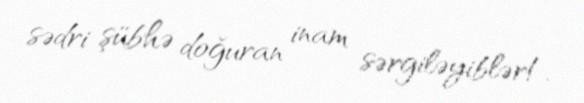
sədri şübhə doğuran inam sərgiləyiblər!.